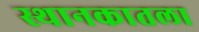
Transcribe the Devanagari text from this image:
स्थानकातला